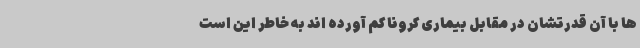
ها با آن قدرتشان در مقابل بیماری کرونا کم آورده اند به خاطر این است